Report on sanitation, dispensaries, and jails in Rajputana for 1911, and on vaccination for the year 1911-1912 - 1911-1912
Year: 1911
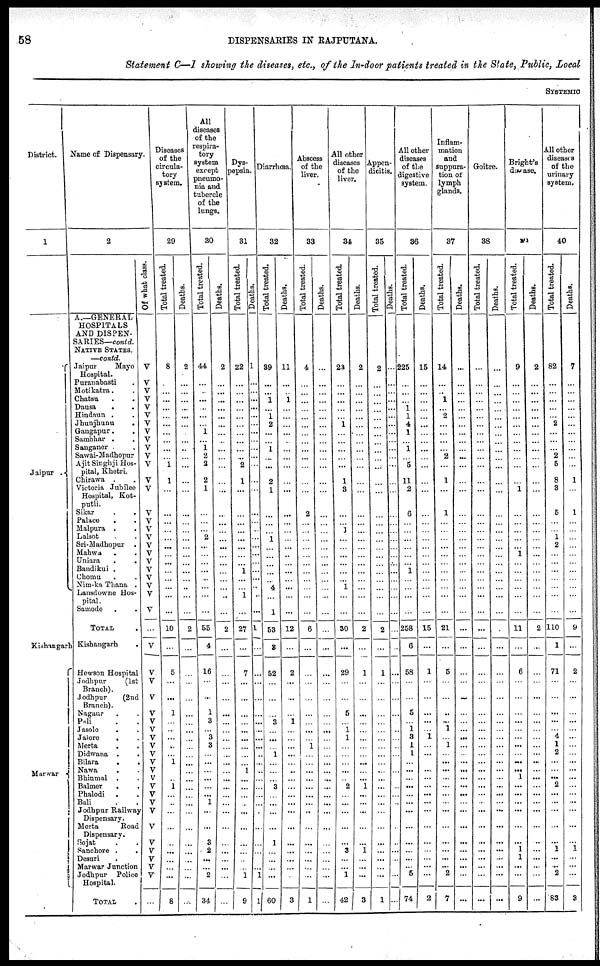
58
DISPENSARIES IN RAJPUTANA.
Statement C—I showing the diseases, etc., of the In-door patients treated in the State, Public, Local
SYSTEMIC
District.
1
Jaipur .
Kishangarh
Marwar
Name of Dispensary.
2
A.—GENERAL
HOSPITALS
AND DISPEN-
SARIES— contd.
NATIVE STATES.
—contd.
Jaipur
Mayo
Hospital.
Puranabasti .
Motikatra. .
Chatsu . .
Dausa
. .
Hindaun . .
Jhunjhunu .
Gangapur. .
Sambhar . .
Sanganer . .
Sawai-Madhopur
Ajit Singhji Hos-
pital, Khetri.
Chirawa . .
Victoria Jubilee
Hospital, Kot¬
putli.
Sikar . .
Palace . .
Malpura . .
Lalsot . .
Sri-Madhopur .
Mahwa . .
Uniara
.
.
Bandikui . .
Chomu . .
Nim-ka Thana .
Lansdowne Hos-
pital .
Samode . .
TOTAL .
Kishangarh
.
Hewson Hospital
Jodbpur
(1st
Branch).
Jodhpur
(2nd
Branch).
Nagaur . .
Pali . .
Jasole
. .
Jalore
. .
Merta
. .
Didwana . .
Bilara
. .
Nawa . .
Bhinmal . .
Balmer . .
Phalodi . .
Bali . .
Jodhpur Railway
Dispensary.
Merta
Road
Dispensary.
Sojat . .
Sanchore .
.
Desuri . .
Marwar Junction
Jodhpur Police
Hospital.
TOTAL .
Of what class.
V
V
V
V
V
V
V
V
V
V
V
V
V
V
V
V
V
V
V
V
V
V
V
V
V
V
...
V
V
V
V
V
V
V
V
V
V
V
V
V
V
V
V
V
V
V
V
V
V
V
...
Diseases
of the
circula-
tory
system.
29
Total treated.
8
...
...
...
...
...
...
...
...
...
1
1
...
...
...
...
...
...
...
...
...
...
...
...
...
10
...
5
...
...
1
...
...
...
...
...
1
...
1
...
...
...
...
...
...
...
...
...
8
Deaths.
2
...
...
...
...
...
...
...
...
...
...
...
...
...
...
...
...
...
...
...
...
...
...
...
...
...
2
...
...
...
...
...
...
...
...
...
...
...
...
...
...
...
...
...
...
...
...
...
...
...
...
All
diseases
of the
respira-
tory
system
except
pneumo-
nia and
tubercle
of the
lungs.
30
Total treated.
44
...
...
...
...
...
...
1
...
1 2
2
2
1
...
...
... 2
...
...
...
...
...
...
...
...
55
4
16
...
...
1
3
...
3
3
...
...
...
...
...
...
1
...
...
3
2
...
...
2
34
Deaths.
2
...
...
...
...
...
...
...
...
...
...
...
...
...
...
...
...
...
...
...
...
...
...
...
...
...
2
...
...
...
...
...
...
...
...
...
...
...
...
...
...
...
...
...
...
...
...
...
...
...
...
Dys¬
pepsia.
31
Total treated.
22
...
...
...
...
...
...
...
...
...
...
2
1
...
...
...
...
...
...
...
...
1
...
...
1
...
27
...
7
...
...
...
...
...
...
...
...
...
1
...
...
...
...
...
...
...
...
...
...
1
9
Deaths.
1
...
...
...
...
...
...
...
...
...
...
...
...
...
...
...
...
...
...
...
...
...
...
...
...
...
1
...
...
...
...
...
...
...
...
...
...
...
...
...
...
...
...
...
...
...
...
...
...
1
1
Diarrhœa.
32
Total treated.
39
...
...
1
...
1
2
...
...
1
...
...
2
1
...
...
...
1
...
...
...
...
...
4
...
1
53
3
52
...
...
...
3
...
...
...
1
...
...
...
3
...
...
...
...
1
...
...
...
...
60
Deaths.
11
...
...
1
...
...
...
...
...
...
...
...
...
...
...
...
...
...
...
...
...
...
...
...
...
...
12
...
2
...
...
...
1
...
...
...
...
...
...
...
...
...
...
...
...
...
...
...
...
...
3
Abscess
of the
liver.
33
Total treated.
4
...
...
...
...
...
...
...
...
...
...
...
...
...
2
...
...
...
...
...
...
...
...
...
...
...
6
...
...
...
...
...
...
...
...
1
...
...
...
...
...
...
...
...
...
...
...
...
...
...
1
Deaths.
...
...
...
...
...
...
...
...
...
...
...
...
...
...
...
...
...
...
...
...
...
...
...
...
...
...
...
...
...
...
...
...
...
...
...
...
...
...
...
...
...
...
...
...
...
...
...
...
...
...
...
All other
diseases
of the
liver.
34
Total treated.
23
...
...
...
...
...
1
...
...
...
...
...
1
3
...
...
1
...
...
...
...
...
...
1
...
...
30
...
29
...
...
5
...
1
1
...
...
...
...
...
2
...
...
...
...
... 3
...
...
1
42
Deaths.
2
...
...
...
...
...
...
...
...
...
...
...
...
...
...
...
...
...
...
...
...
...
...
...
...
...
2
...
1
...
...
...
...
...
...
...
...
...
...
...
1
...
...
...
...
... 1
...
...
...
3
Appen-
dicitis.
35
Total treated.
2
...
...
...
...
...
...
...
...
...
...
...
...
...
...
...
...
...
...
...
...
...
...
...
...
...
2
...
1
...
...
...
...
...
...
...
...
...
...
...
...
...
...
...
...
...
...
...
...
...
1
Deaths.
...
...
...
...
...
...
...
...
...
...
...
...
...
...
...
...
...
...
...
...
...
...
...
...
...
...
...
...
...
...
...
...
...
...
...
...
...
...
...
...
...
...
...
...
...
...
...
...
...
...
...
All other
diseases
of the
digestive
system.
36
Total treated.
225
...
...
...
1
1
4
1
...
1
...
5
11
2
6
...
...
...
...
...
...
1
...
...
...
...
258
6
58
...
...
5
...
1
3
1
1
...
...
...
...
...
...
...
...
...
...
...
...
5
74
Deaths.
15
...
...
...
...
...
...
...
...
...
...
...
...
...
...
...
...
...
...
...
...
...
...
...
...
...
15
...
1
...
...
...
...
...
1
...
...
...
...
...
...
...
...
...
...
...
...
...
...
...
2
Inflam-
mation
and
suppura-
tion of
lymph
glands.
37
Total treated.
14
...
...
1
... 2
...
...
...
...
2
...
1
...
1
...
...
...
...
...
...
...
...
...
...
...
21
...
5
...
...
...
...
1
... 1
...
...
...
...
...
...
...
...
...
...
...
...
...
2
7
Deaths.
...
...
...
...
...
...
...
...
...
...
...
...
...
...
...
...
...
...
...
...
...
...
...
...
...
...
...
...
...
...
...
...
...
...
...
...
...
...
...
...
...
...
...
...
...
...
...
...
...
...
...
Goitre.
38
Total treated.
...
...
...
...
...
...
...
...
...
...
...
...
...
...
...
...
...
...
...
...
...
...
...
...
...
...
...
...
...
...
...
...
...
...
...
...
...
...
...
...
...
...
...
...
...
...
...
...
...
...
...
Deaths.
...
...
...
...
...
...
...
...
...
...
...
...
...
...
...
...
...
...
...
...
...
...
...
...
...
...
...
...
...
...
...
...
...
...
...
...
...
...
...
...
...
...
...
...
...
...
...
...
...
...
...
Bright's
disease.
39
Total treated.
9
...
...
...
...
...
...
...
...
...
...
...
...
1
...
...
...
...
...
1
...
...
...
...
...
...
11
...
6
...
...
...
...
...
...
...
...
...
...
1
...
...
...
...
...
... 1
1
...
...
9
Deaths.
2
...
...
...
...
...
...
...
...
...
...
...
...
...
...
...
...
...
...
...
...
...
...
...
...
...
2
...
...
...
...
...
...
...
...
...
...
...
...
...
...
...
...
...
...
...
...
...
...
...
...
All other
diseases
of the
urinary
system.
40
Total treated.
82
...
...
...
...
...
2
...
...
...
2
5
8
3
5
...
... 1
2
...
...
...
...
...
...
...
110
1
71
...
...
...
...
...
4
1
2
...
...
...
2
...
...
...
...
... 1
...
...
2
83
Deaths.
7
...
...
...
...
...
...
...
...
...
...
...
1
...
1
...
...
...
...
...
...
...
...
...
...
...
9
...
2
...
...
...
...
...
...
...
...
...
...
...
...
...
...
...
...
... 1
...
...
...
3